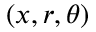
( x , r , \theta )